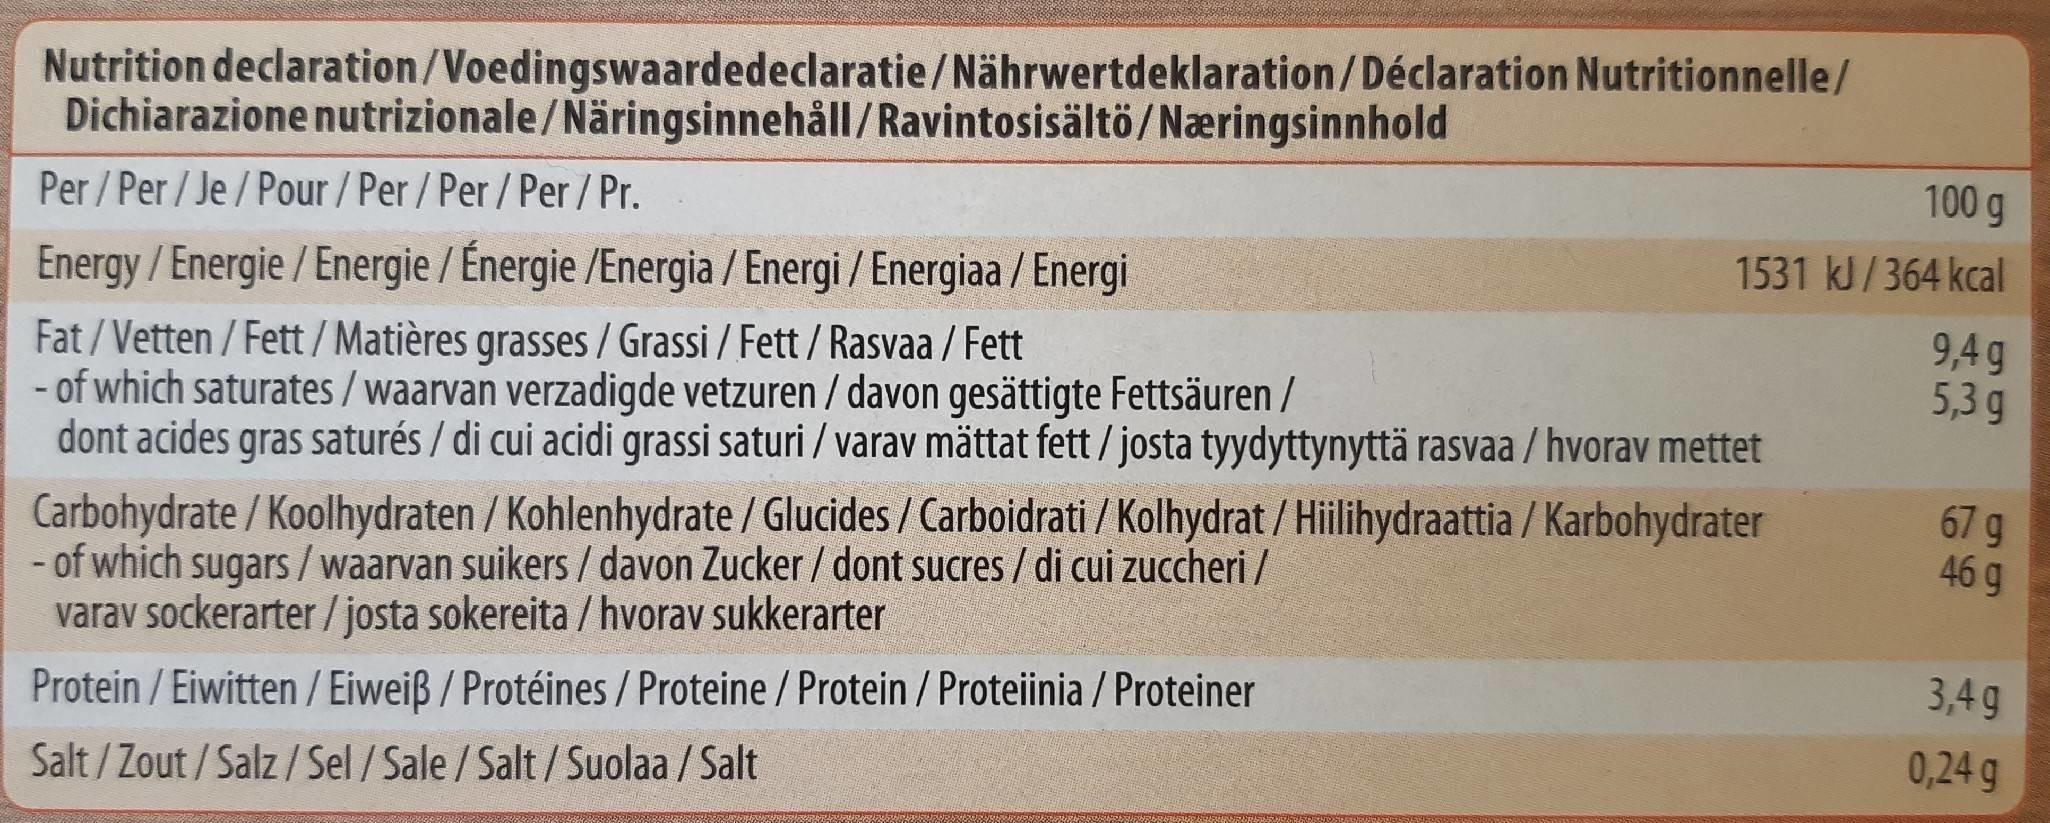
Nutrition declaration/Voedingswaardedeclaratie/Nährwertdeklaration/Déclaration Nutritionnelle/ Dichiarazione nutrizionale/Näringsinnehåll/Ravintosisältö/Næringsinnhold
100 g
Per / Per/ Je/ Pour / Per /Per/ Per / Pr.
1531 kJ/364 kcal
Energy / Energie / Energie / Energie /Energia / Energi / Energiaa / Energi
9,4g 5,3 g
Fat/Vetten / Fett/Matières grasses/ Grassi / Fett / Rasvaa / Fett - of which saturates /waarvan verzadigde vetzuren / davon gesättigte Fettsäuren / dont acides gras saturés / di cui acidi grassi saturi / varav mättat fett / josta tyydyttynyttä rasvaa / hvorav mettet
67 9 46 g
Carbohydrate / Koolhydraten / Kohlenhydrate / Glucides / Carboidrati / Kolhydrat / Hiilihydraattia / Karbohydrater - of which sugars/waarvan suikers / davon Zucker / dont sucres / di cui zuccheri / varav sockerarter /josta sokereita / hvorav sukkerarter
3,4g
Protein / Eiwitten / Eiweiß / Protéines / Proteine / Protein / Proteiinia / Proteiner
0,24 g
Salt/ Zout / Salz / Sel /Sale / Salt/Suolaa / Salt